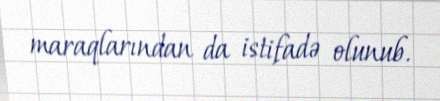
maraqlarından da istifadə olunub.